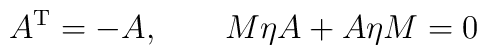
A^{\rm T}=-A, \qquad M\eta A +A \eta M =0